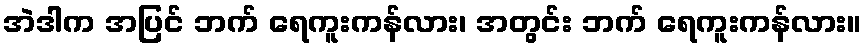
အဲဒါက အပြင် ဘက် ရေကူးကန်လား၊ အတွင်း ဘက် ရေကူးကန်လား။